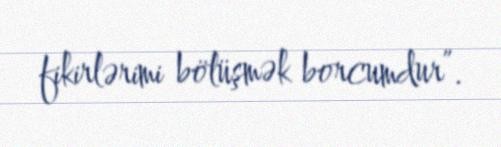
fikirlərimi bölüşmək borcumdur”.